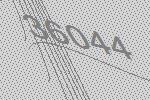
36044